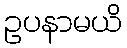
ဥပနာမယိ